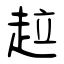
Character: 趇